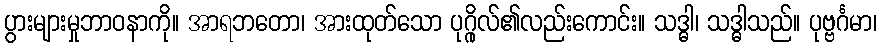
ပွားများမှုဘာဝနာကို။ အာရဘတော၊ အားထုတ်သော ပုဂ္ဂိုလ်၏လည်းကောင်း။ သဒ္ဓါ၊ သဒ္ဓါသည်။ ပုဗ္ဗင်္ဂမာ၊